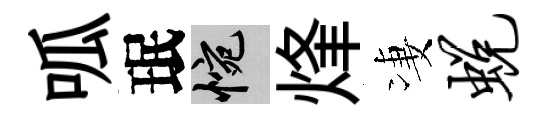
呱珉惋烽凄蜕